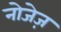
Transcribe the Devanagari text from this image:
नोजेज़